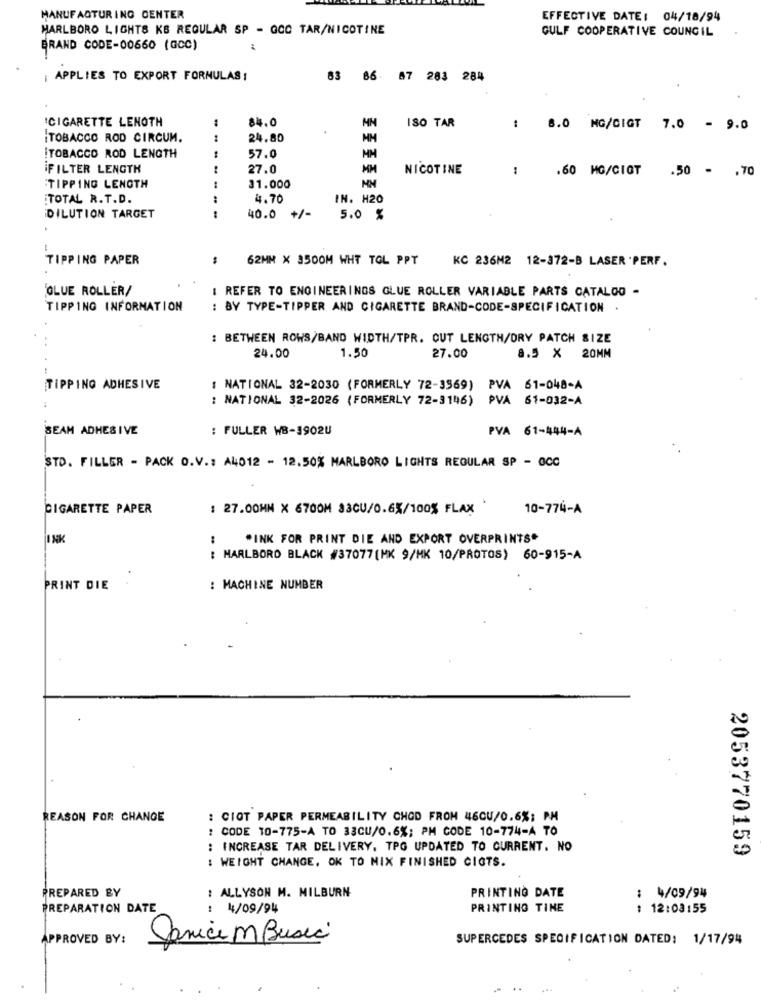
MANUFACTURING CENTER
EFFECTIVE DATE: 04/18/94
MARLBORO LIGHTS KS REGULAR SP - GCC TAR/NICOTINE
GULF COOPERATIVE COUNCIL
BRAND CODE-00660 (GCC)
APPLIES TO EXPORT FORMULAS !
83 86 87 283 284
ICIGARETTE LENOTH
1
84.0
ISO TAR
: 8.0 MG/CIGT 7.0 - 9.0
TOBACCO ROD CIRCUM.
24.80
1
TOBACCO ROD LENGTH
57.0
FILTER LENGTH
27.0
NICOTINE
:
.60 MG/CIGT
.50 - . 70
TIPPING LENGTH
31.000
MM
TOTAL R.T.D.
4.70
IN. H20
DILUTION TARGET
40.0 +/-
5.0 %
TIPPING PAPER
62MM X 3500M WHT TOL PPT
KC 236M2 12-372-B LASER 'PERF.
GLUE ROLLER/
I REFER TO ENGINEERINGS GLUE ROLLER VARIABLE PARTS CATALOG -
TIPPING INFORMATION
: BY TYPE-TIPPER AND CIGARETTE BRAND-CODE-SPECIFICATION .
: BETWEEN ROWS/BAND WIDTH/TPR. CUT LENGTH/DRY PATCH SIZE
1.50
24.00
27.00
8.5 X 20MM
TIPPING ADHESIVE
: NATIONAL 32-2030 (FORMERLY 72-3569)
PVA 61-048-A
: NATIONAL 32-2026 (FORMERLY 72-3146) PVA 61-032-A
SEAM ADHESIVE
: FULLER WB-3902U
PVA 61-444-A
STD. FILLER - PACK O.V .: A4012 - 12.50% MARLBORO LIGHTS REGULAR SP - OCC
CIGARETTE PAPER
: 27.00MM X 6700M 33CU/0.65/100% FLAX
10-774-A
INK
:
*INK FOR PRINT DIE AND EXPORT OVERPRINTS"
: MARLBORO BLACK #37077 (MK 9/HK 10/PROTOS) 60-915-A
PRINT DIE
: MACHINE NUMBER
REASON FOR CHANGE
: CIOT PAPER PERMEABILITY CHOD FROM 46CU/0.6%; PM
: CODE 10-775-A TO 33CU/0.6%; PM CODE 10-774-A TO
: INCREASE TAR DELIVERY. TPG UPDATED TO CURRENT. NO
2053770159
: WEIGHT CHANGE, OK TO MIX FINISHED CIGTS.
PREPARED BY
: ALLYSON M. MILBURN
PRINTING DATE
: 4/09/94
PREPARATION DATE
: 4/09/94
PRINTING TINE
12:03:55
APPROVED BY:
Janice m Busca
SUPERCEDES SPECIFICATION DATED: 1/17/94
--
..
...